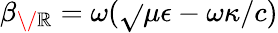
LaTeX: \beta_{\/ \mathbb{R}}=\omega(\sqrt{}{{\mu\epsilon}}-\omega\kappa/c)